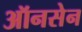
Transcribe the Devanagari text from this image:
ऑनसेन